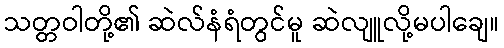
သတ္တဝါတို့၏ ဆဲလ်နံရံတွင်မူ ဆဲလျူလို့မပါချေ။